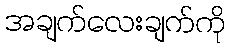
အချက်လေးချက်ကို